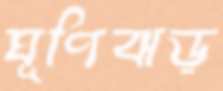
ঘূণিঝড়